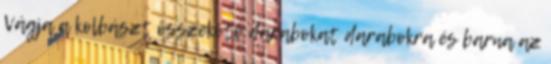
Vágja a kolbászt összekötő darabokat darabokra és barna az